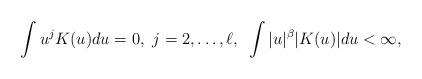
LaTeX: \begin{align*} \int u^j K(u) du =0, \ j=2,\dots, \ell,~\int |u|^{\beta} |K(u)| du <\infty,\end{align*}